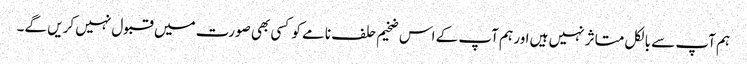
ہم آپ سے بالکل متاثر نہیں ہیں اور ہم آپ کے اس ضخیم حلف نامے کو کسی بھی صورت میں قبول نہیں کریں گے۔